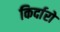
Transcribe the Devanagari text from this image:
किर्दारो